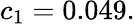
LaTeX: c_{1}=0.049.